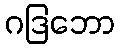
ဂဒြဘော